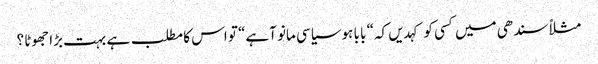
مثلاً سندھی میں کسی کو کہدیں کہ“ با با ہوسیاسی مانو آہے“ تو اس کا مطلب ہے بہت بڑا جھوٹا ؟